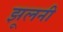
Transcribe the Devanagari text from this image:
झूलनी